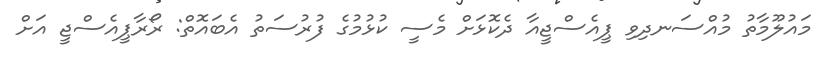
މައުލޫމާތު މުއްސަނދިވި ޕީއެސްޖީއާ ދެކޮޅަށް މެސީ ކުޅުމުގެ ފުރުސަތު އެބައޮތް: ރޯރާޕީއެސްޖީ އަށް